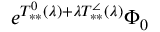
e ^ { T _ { * * } ^ { 0 } ( \lambda ) + \lambda T _ { * * } ^ { \angle } ( \lambda ) } \Phi _ { 0 }